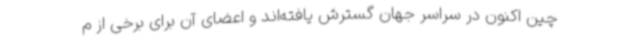
چین اکنون در سراسر جهان گسترش یافته‌اند و اعضای آن برای برخی از م